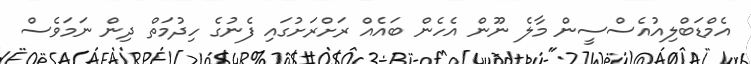
އެމްޑަބްލިއުއެސްސީން މާލެ ނޫން އެހެން ބައެއް ރަށްރަށުގައި ފެނުގެ ހިދުމަތް ދިން ނަމަވެސް